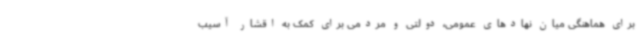
برای هماهنگی میان نهادهای عمومی، دولتی و مردمی برای کمک به اقشار آسیب